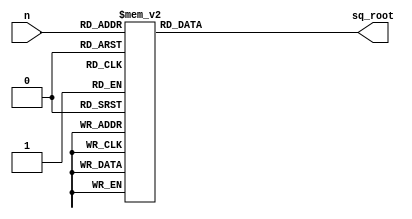
// This ROM stores the square root of a number n.
module root (n, sq_root) ;
input [3:0] n ; // Unsigned number.
output [11:0] sq_root ; // Result = Square root of n.
reg [11:0] sq_root ; // Msb 2 bits (sq_root_int)is the integer part and the
// other bits (sq_root_dp) are after the decimal point.
wire [1:0] sq_root_int ;
wire [9:0] sq_root_dp ;
always @ (n)
begin
case (n) // Output "square root" .
0: sq_root <= 0 ;
1: sq_root <= {2'd1,10'd000} ;
2: sq_root <= {2'd1,10'd414} ;
3: sq_root <= {2'd1,10'd732} ;
4: sq_root <= {2'd2,10'd000} ;
5: sq_root <= {2'd2,10'd236} ;
6: sq_root <= {2'd2,10'd449} ;
7: sq_root <= {2'd2,10'd645} ;
8: sq_root <= {2'd2,10'd828} ;
9: sq_root <= {2'd3,10'd000} ;
10:sq_root <= {2'd3,10'd162} ;
11:sq_root <= {2'd3,10'd317} ;
12:sq_root <= {2'd3,10'd464} ;
13:sq_root <= {2'd3,10'd606} ;
14:sq_root <= {2'd3,10'd742} ;
15:sq_root <= {2'd3,10'd873} ;

default : sq_root <= 0 ; // Clear the result.
endcase
end
assign sq_root_int = sq_root[11:10];
assign sq_root_dp = sq_root[9:0] ;
endmodule